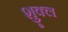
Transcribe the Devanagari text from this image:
शु्क्ल